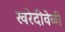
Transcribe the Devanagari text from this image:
खरेदीवेळी